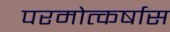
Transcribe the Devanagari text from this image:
परमोत्कर्षास